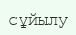
сұйылу